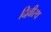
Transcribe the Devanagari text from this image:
दिल्लीस्थ